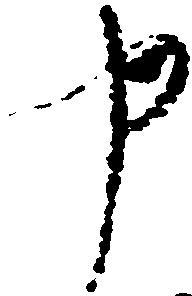
申